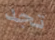
تجد